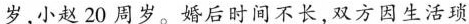
岁，小赵20周岁。婚后时间不长，双方因生活琐